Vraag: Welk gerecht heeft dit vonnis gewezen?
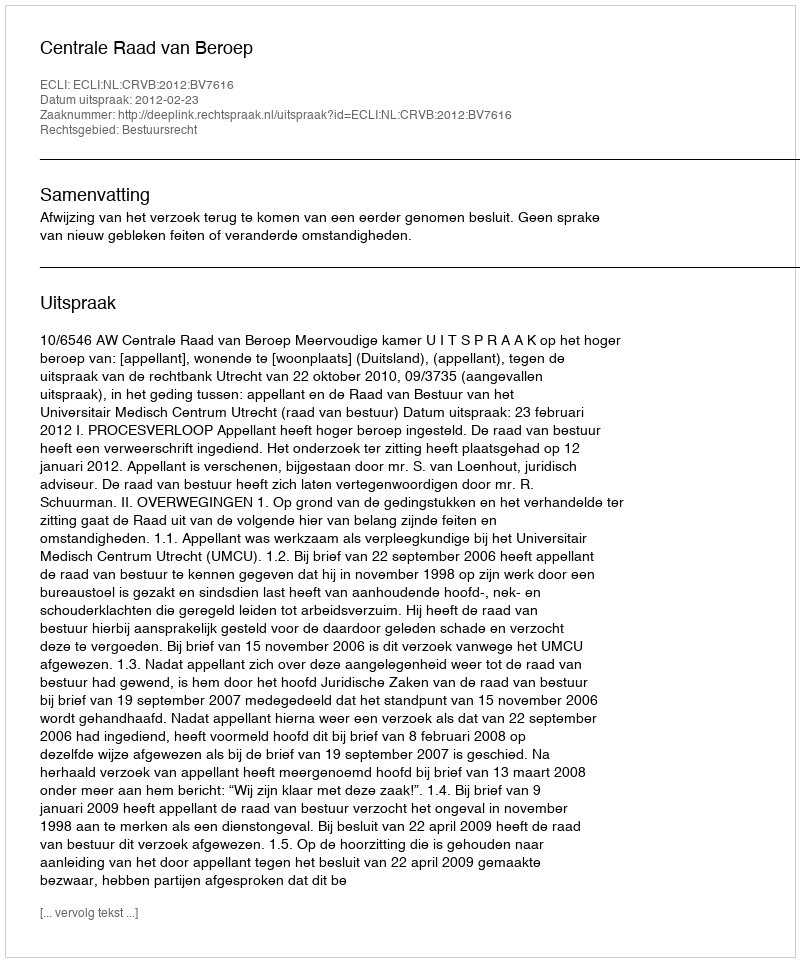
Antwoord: Centrale Raad van Beroep